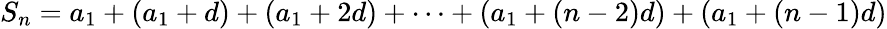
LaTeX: S_{n}=a_{1}+(a_{1}+d)+(a_{1}+2d)+\cdots+(a_{1}+(n-2)d)+(a_{1}+(n-1)d)